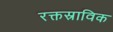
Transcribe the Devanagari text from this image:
रक्तस्राविक